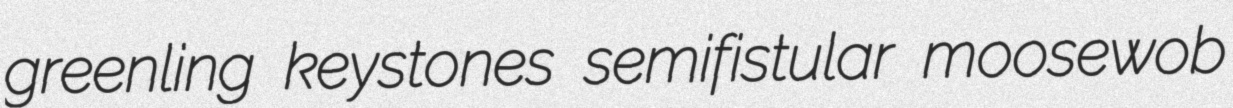
greenling keystones semifistular moosewob